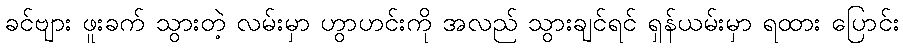
ခင်ဗျား ဖူးခက် သွားတဲ့ လမ်းမှာ ဟွာဟင်းကို အလည် သွားချင်ရင် ရှန်ယမ်းမှာ ရထား ပြောင်း